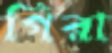
গিরা